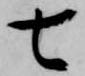
七